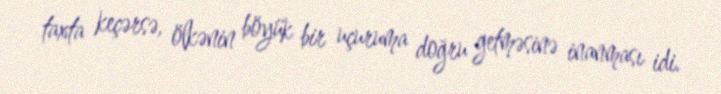
taxta keçərsə, ölkənin böyük bir uçuruma doğru getməsinə inanması idi.